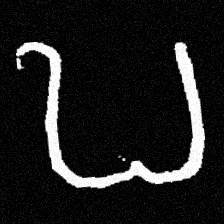
Pyu character \u2014 Myanmar letter: ဎ (romanized: ddha)